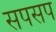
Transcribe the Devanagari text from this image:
सपसप